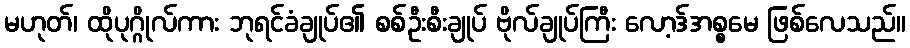
မဟုတ်၊ ထိုပုဂ္ဂိုလ်ကား ဘုရင်ခံချုပ်၏ စစ်ဦးစီးချုပ် ဗိုလ်ချုပ်ကြီး လော့ဒ်အစ္စမေ ဖြစ်လေသည်။